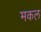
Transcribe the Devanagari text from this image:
मकल